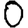
Digit: 0